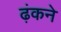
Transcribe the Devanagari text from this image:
ढ़ंकने